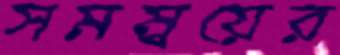
সমম্বয়ের